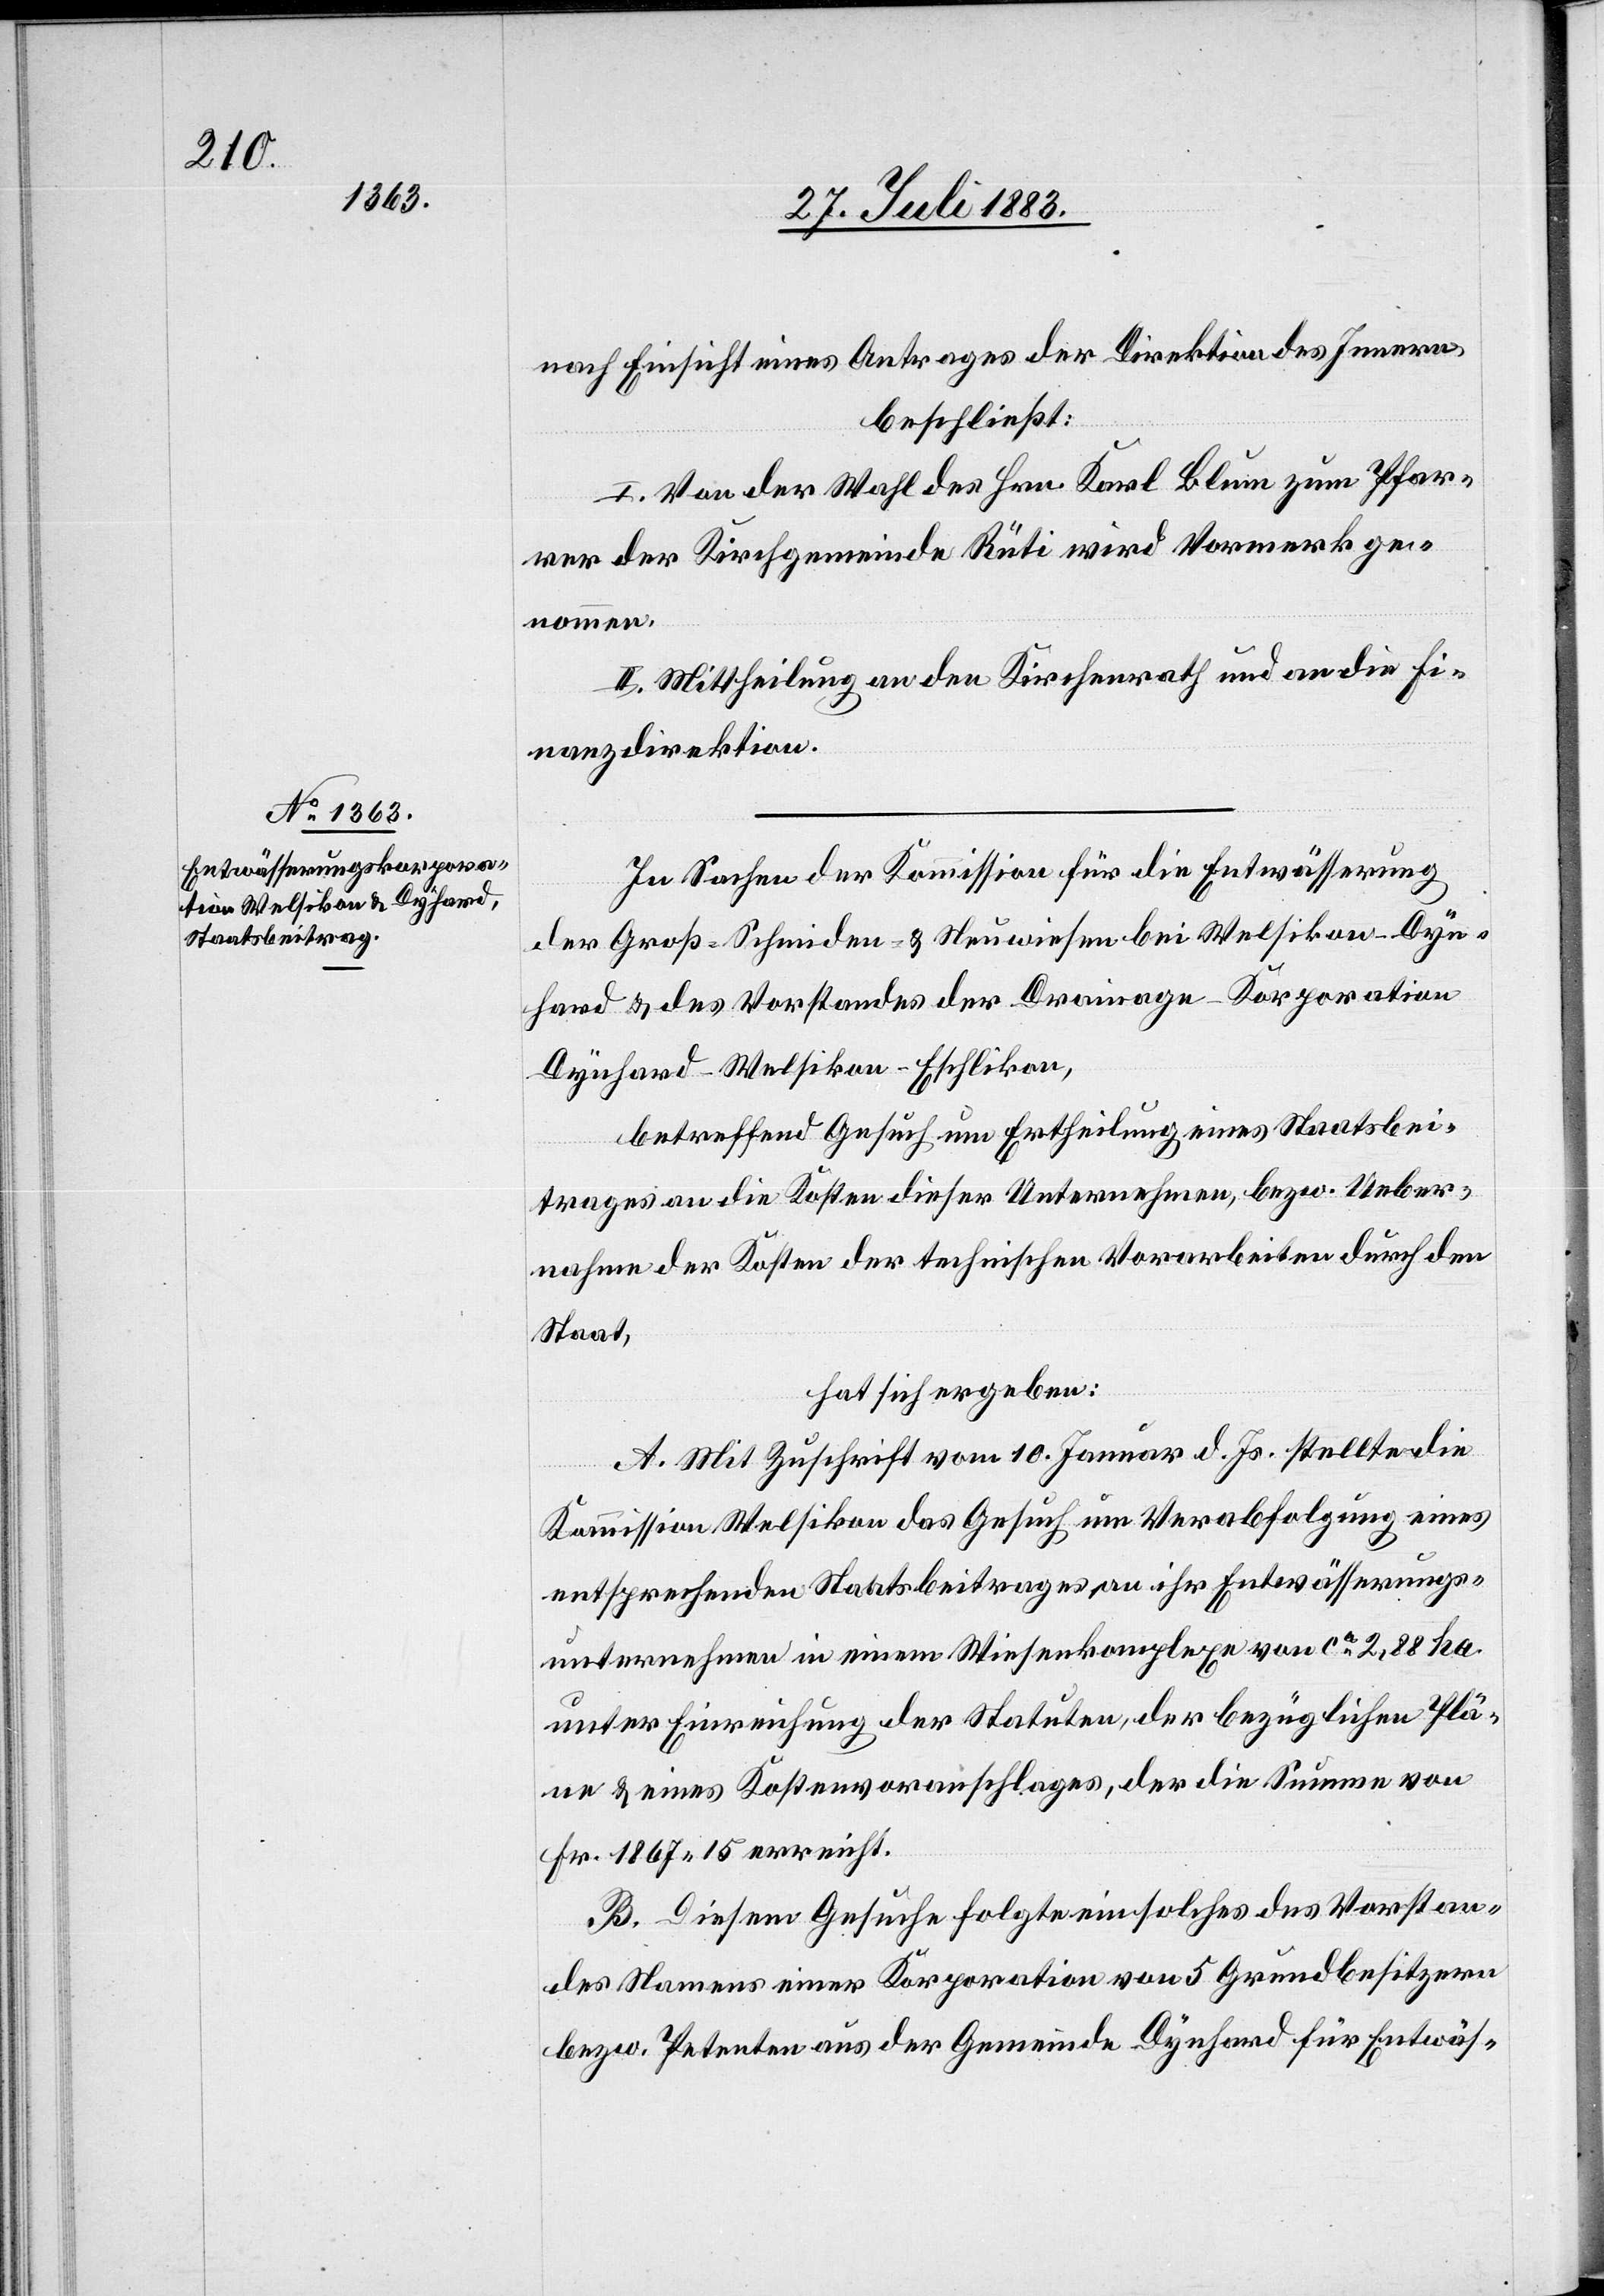
nach Einsicht eines Antrages der Direktion des Innern,
beschließt:
I. Von der Wahl des Hrn. Karl Blum zum Pfar¬
rer der Kirchgemeinde Rüti wird Vormerk ge¬
nommen.
II. Mittheilung an den Kirchenrath und an die Fi¬
nanzdirektion.
In Sachen der Kommission für die Entwässerung
der Groß-Schmiden- & Neuwiesen bei Welsikon-Dyn¬
hard & des Vorstandes der Drainage-Korporation
Dynhard-Welsikon-Eschlikon,
betreffend Gesuch um Ertheilung eines Staatsbei¬
trages an die Kosten dieser Unternehmen, bezw. Ueber¬
nahme der Kosten der technischen Vorarbeiten durch den
Staat,
hat sich ergeben:
A. Mit Zuschrift vom 10. Januar d. Js. stellte die
Kommission Welsikon das Gesuch um Verabfolgung eines
entsprechenden Staatsbeitrages an ihr Entwässerungs¬
unternehmen in einem Wiesenkomplexe von ca 2,88 ha.
unter Einreichung der Statuten, der bezüglichen Plä¬
ne & eines Kostenvoranschlages, der die Summe von
Fr. 1867 15 erreicht.
B. Diesem Gesuche folgte ein solches des Vorstan¬
des Namens einer Korporation von 5 Grundbesitzern
bezw. Petenten aus der Gemeinde Dynhard für Entwäs-